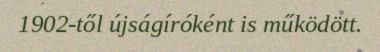
1902-től újságíróként is működött.